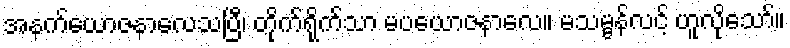
အနက်ယောဇနာလေသပြီ၊ တိုက်ရိုက်သာ မပယောဇနာလေ။ မသမ္ဗန်လင့် ဟူလိုသော်။